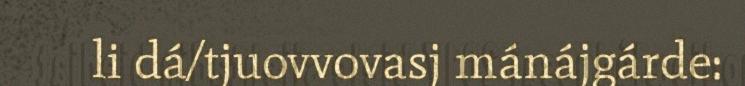
li dá/tjuovvovasj mánájgárde: